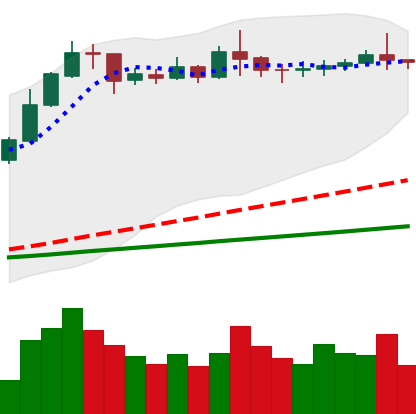
Ticker: ETC-USD
Chart end date: 2020-02-14
Forward return: -25.889%
Label: down_7plus